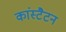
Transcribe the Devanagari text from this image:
कांस्टैटन